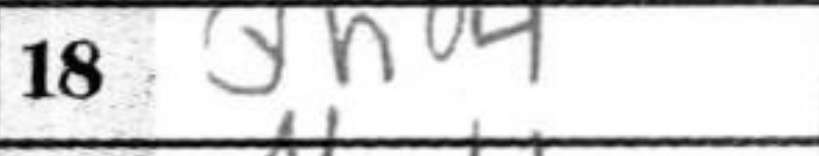
Transcription: Qh4